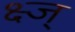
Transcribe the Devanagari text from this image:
क्ष्ज्